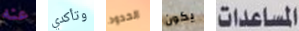
عنه وتأكدي الحدود يكون المساعدات